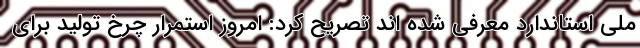
ملی استاندارد معرفی شده اند تصریح کرد: امروز استمرار چرخ تولید برای